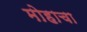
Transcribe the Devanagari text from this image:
मोहाचा